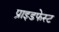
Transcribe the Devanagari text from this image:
प्राइडफेस्ट